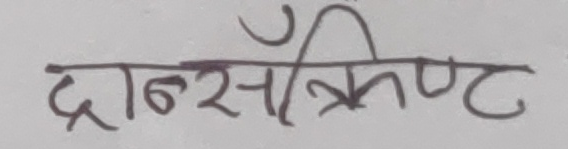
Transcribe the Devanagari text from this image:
द्राँस्क्रिप्ट